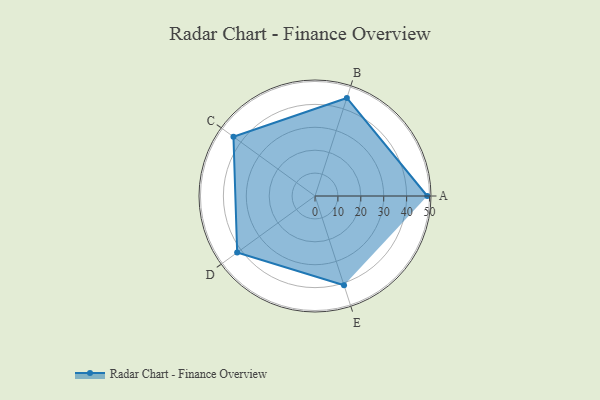
{"axis": {"x": "Skill", "y": "Score"}, "legend": ["Profile"], "data": [{"x": "A", "y": 49.0, "type": "Profile"}, {"x": "B", "y": 45.0, "type": "Profile"}, {"x": "C", "y": 44.0, "type": "Profile"}, {"x": "D", "y": 42.0, "type": "Profile"}, {"x": "E", "y": 41.0, "type": "Profile"}]}